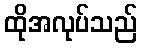
ထိုအလုပ်သည်